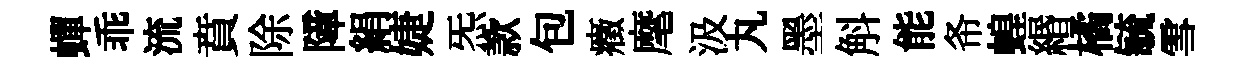
蟬乖流賁除障絹婕炁款包癥麾汲丸墨斛能𢁙蝗緡橘毓雪